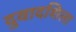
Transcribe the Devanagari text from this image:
दुवादशिला